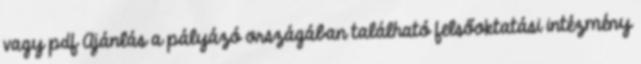
vagy pdf Ajánlás a pályázó országában található felsőoktatási intézmény